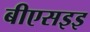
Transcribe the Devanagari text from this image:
बीएसइइ